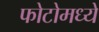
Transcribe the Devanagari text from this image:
फोटोमध्ये